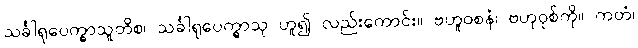
သင်္ခါရုပေက္ခာသူတိစ၊ သင်္ခါရုပေက္ခာသု ဟူ၍ လည်းကောင်း။ ဗဟူဝစနံ၊ ဗဟုဝုစ်ကို။ ကတံ၊